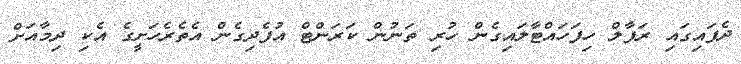
ދެފައިގައި ރަފާލް ހިފަހައްޓާލައިގެން ހުރި ތަނުން ކަރަންޓް އުފެދިގެން އެތެރެހަށީގެ އެކި ދިމާއަށް